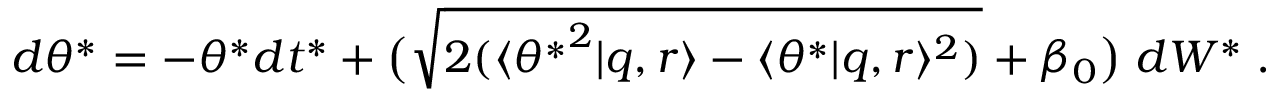
d \theta ^ { * } = - \theta ^ { * } d t ^ { * } + \big ( \sqrt { 2 ( \langle { \theta ^ { * } } ^ { 2 } | q , r \rangle - \langle \theta ^ { * } | q , r \rangle ^ { 2 } ) } + \beta _ { 0 } \big ) \; d W ^ { * } \; .